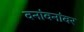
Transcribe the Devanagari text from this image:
वनांवनांवर